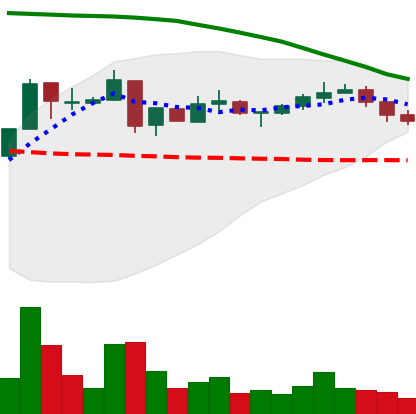
Ticker: XRP-USD
Chart end date: 2018-05-08
Forward return: -8.381%
Label: down_7plus